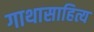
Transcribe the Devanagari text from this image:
गाथासाहित्य